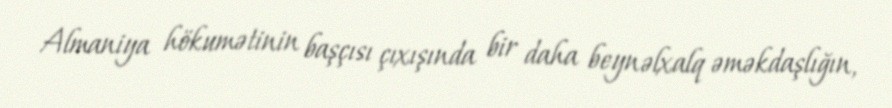
Almaniya hökumətinin başçısı çıxışında bir daha beynəlxalq əməkdaşlığın,